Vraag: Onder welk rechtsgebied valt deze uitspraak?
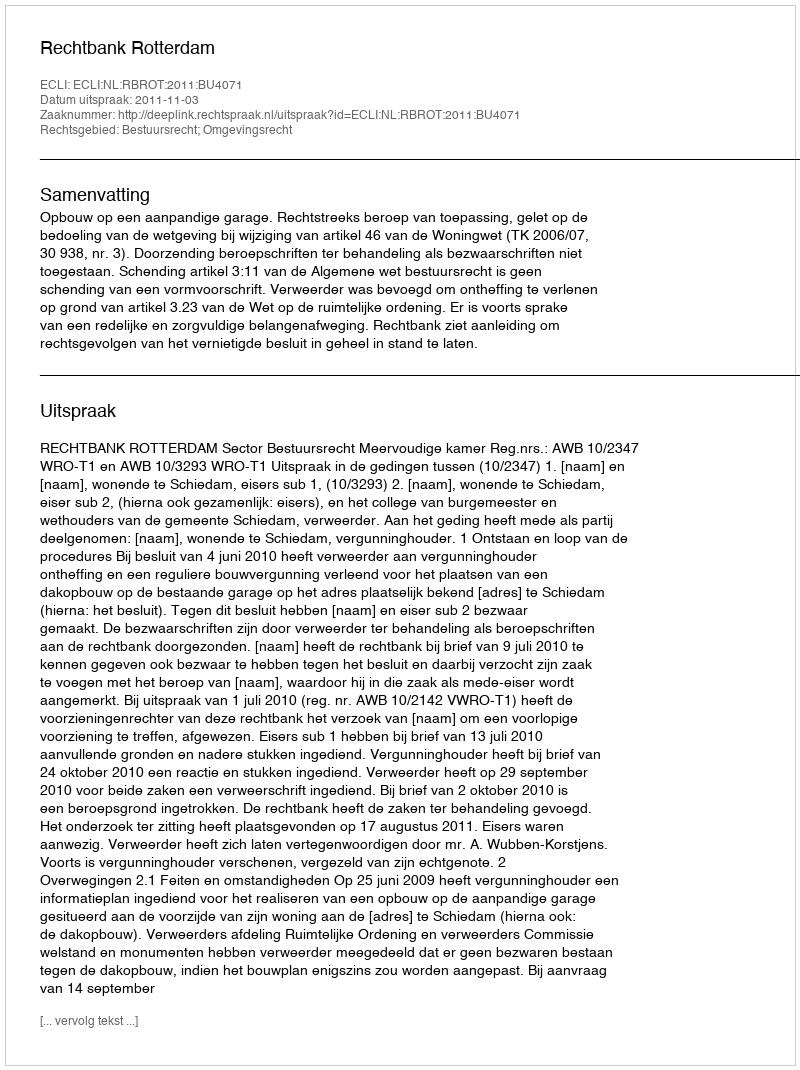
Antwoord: Bestuursrecht; Omgevingsrecht